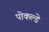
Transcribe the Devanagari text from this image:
पोकल्डे